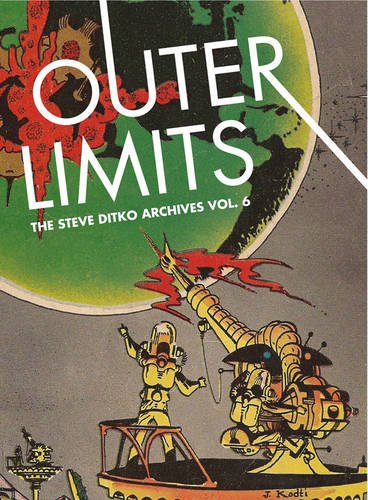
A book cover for Outer Limits: The Steve Ditko Archives Vol. 6 (Vol. 6); Steve Ditko; Comics & Graphic Novels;